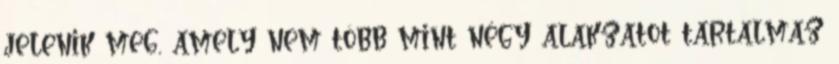
jelenik meg, amely nem több mint négy alakzatot tartalmaz